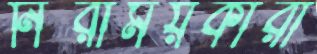
নিরাময়কারী